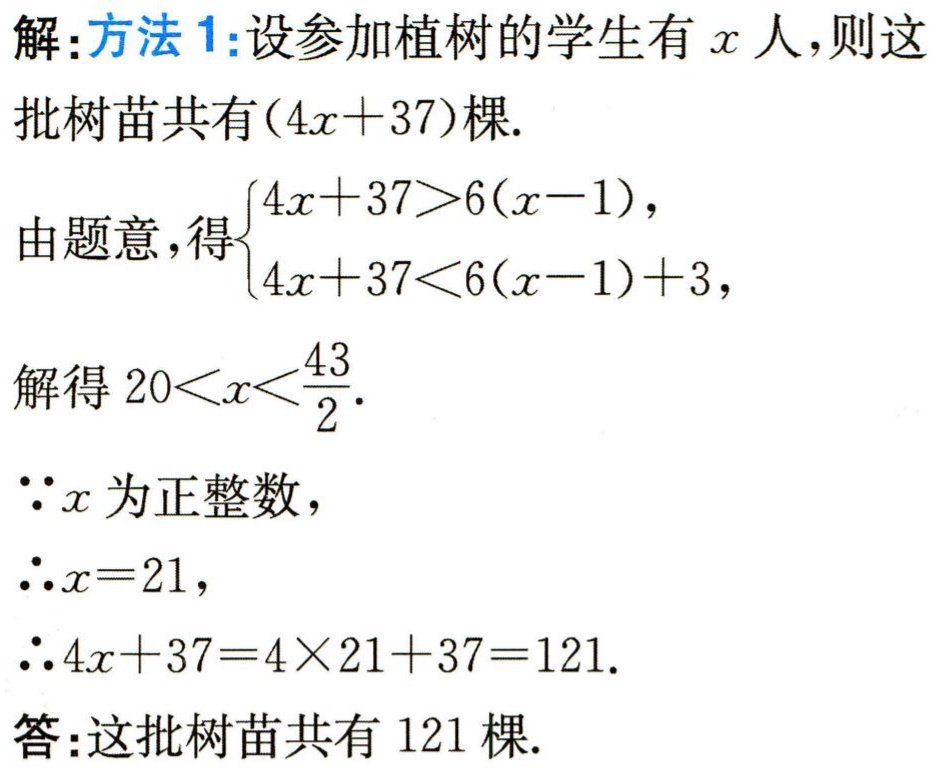
解:方法1:设参加植树的学生有\(x\)人,则这批树苗共有\((4x + 37)\)棵.

由题意,得\(\begin{cases}4x + 37>6(x - 1),\\4x + 37<6(x - 1)+3,\end{cases}\)

解得\(20<x<\dfrac{43}{2}\).

\(\because x\)为正整数,

\(\therefore x = 21\),

\(\therefore 4x + 37 = 4\times21+37 = 121\).

答:这批树苗共有\(121\)棵.